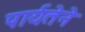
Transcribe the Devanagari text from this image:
पार्यतेने